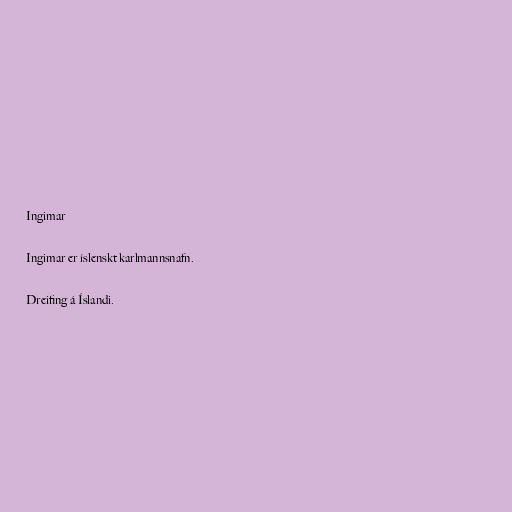
Ingimar

Ingimar er íslenskt karlmannsnafn.

Dreifing á Íslandi.